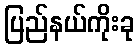
ပြည်နယ်ကိုးခု